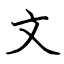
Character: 文